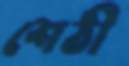
শেঠী